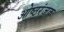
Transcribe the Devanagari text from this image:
ओष्ठरंजक